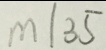
m \vert 3 5